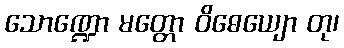
သောဏ္ဍော မတ္တော ဝိဓေယျော တု၊